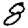
Digit: 8